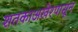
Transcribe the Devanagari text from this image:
शतकाअखेरपासून